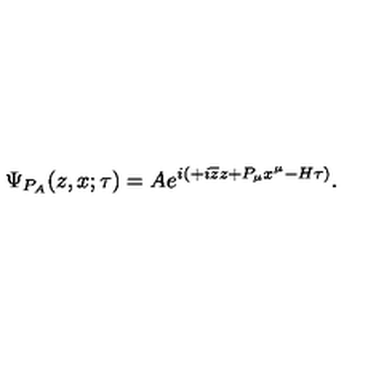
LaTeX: \Psi _ { P _ { A } } ( z , x ; \tau ) = A e ^ { i \left( + i \overline { { z } } z + P _ { \mu } x ^ { \mu } - H \tau \right) } .